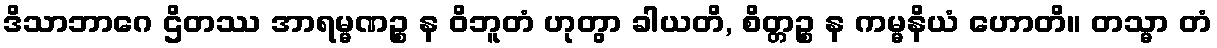
ဒိသာဘာဂေ ဌိတဿ အာရမ္မဏဉ္စ န ဝိဘူတံ ဟုတွာ ခါယတိ, စိတ္တဉ္စ န ကမ္မနိယံ ဟောတိ။ တသ္မာ တံ